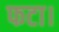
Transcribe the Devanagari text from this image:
फटा।